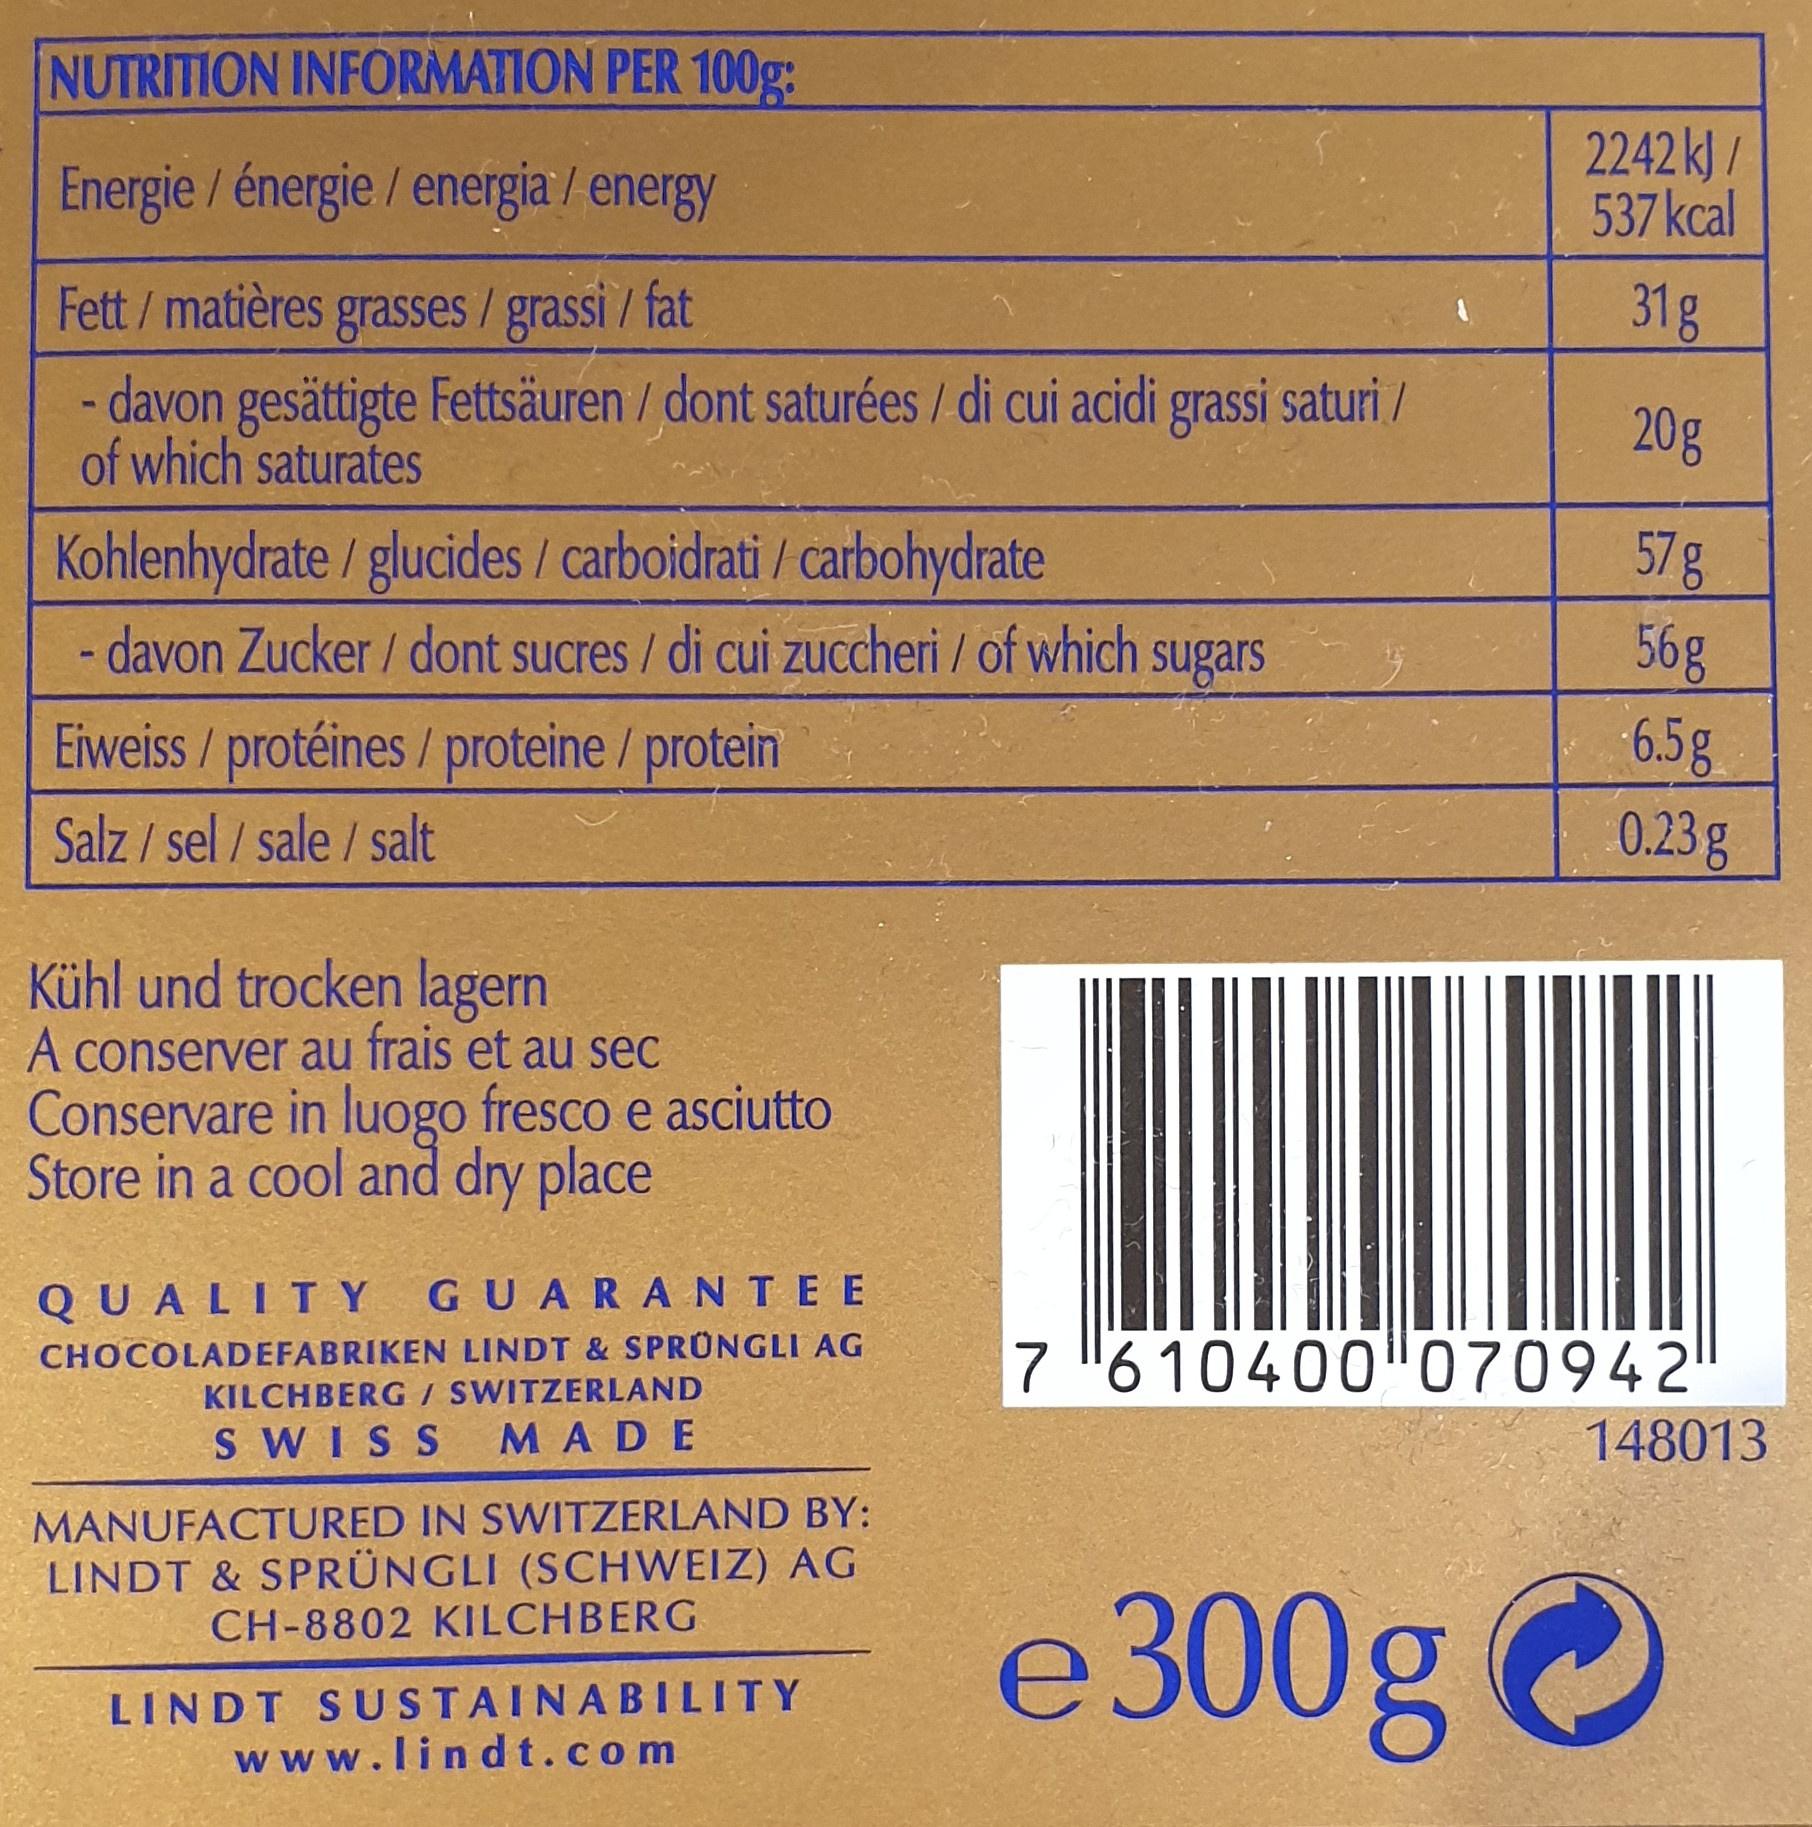
NUTRITION INFORMATION PER 100g: 2242 kJ / 537 kcal Energie / énergie./energia / energy Fett / matières grasses/grassi / fat 31g - davon gesättigte Fettsäuren / dont saturées / di cui acidi grassi saturi / of which saturates 20g Kohlenhydrate / glucides / carboidrati / carbohydrate - davon Zucker / dont sucres / di cui zuccheri / of which sugars 57g 56g 6.5g 0.23g Eiweiss / protéines / proteine / protein Salz / sel / sale / salt Kühl und trocken lagern A conserver au frais et au sec Conservare in luogo fresco e asciutto Store in a cool and dry place QUALITY GUARANTE E 7 6 10400"070942 CHOCOLADEFABRIKEN LINDT & SPRÜNGLI AG KILCHBERG/ SWITZERLAND 148013 S WISS MADE MANUFACTURED IN SWITZERLAND BY: LINDT & SPRÜNGLI (SCHWEIZ) AG CH-8802 KILCHBERG e300g LINDT SUSTAINABILITY www.lindt.com